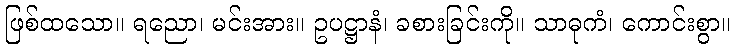
ဖြစ်ထသော။ ရညော၊ မင်းအား။ ဥပဋ္ဌာနံ၊ ခစားခြင်းကို။ သာဓုကံ၊ ကောင်းစွာ။